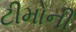
ટીમોની